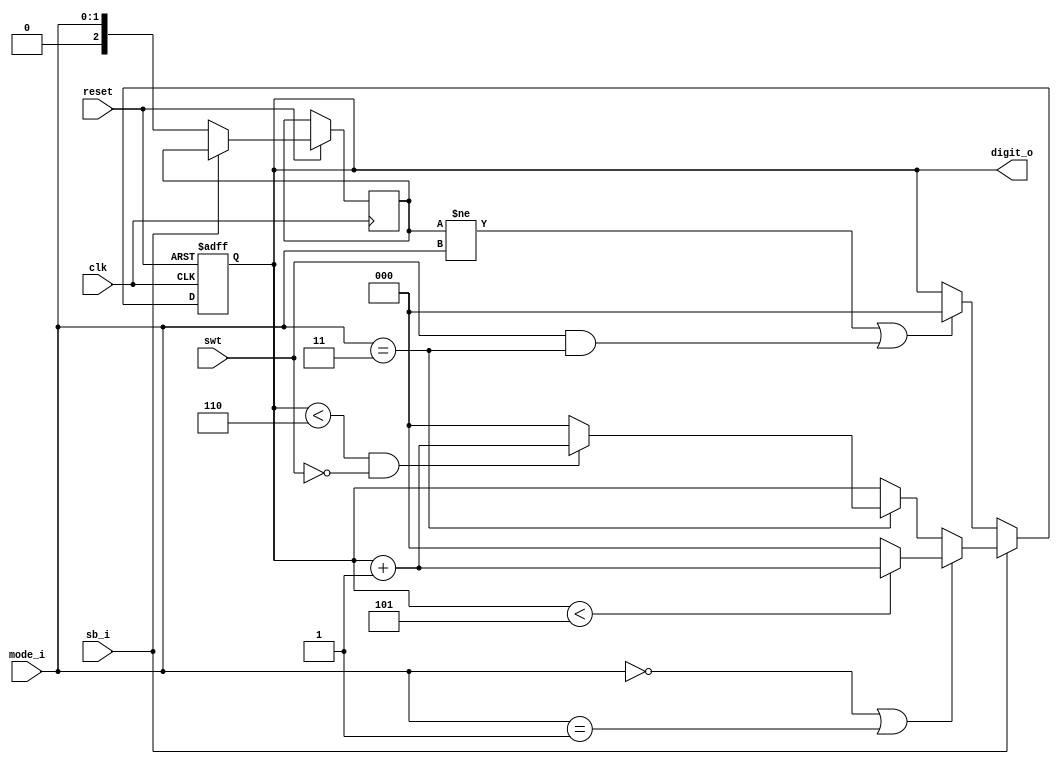
`timescale 1ns / 1ps
//////////////////////////////////////////////////////////////////////////////////
// Company: 
// Engineer: 
// 
// Design Name: 
// Module Name: digit_select
// Project Name: 
// Target Devices: 
// Tool Versions: 
// Description: 
// 
// Dependencies: 
// 
// Revision:
// Revision 0.01 - File Created
// Additional Comments:
// 
//////////////////////////////////////////////////////////////////////////////////


module digit_select( //note not testbenched
    sb_i,
    digit_o,
    clk,
    reset,
    swt,
    mode_i
    );
    input sb_i, clk, reset,swt;
    input [1:0] mode_i;
    output reg [2:0] digit_o;
    reg [2:0] modelast;
    initial begin
        digit_o <= 0;
    end
    always@(posedge clk or negedge reset) begin
        if(!reset) begin
            digit_o <= 0;  
        end else if(sb_i == 1'b1) begin
            if (mode_i == 2'b00 || mode_i == 2'b01)begin
                if(digit_o < 3'b101) begin
                    digit_o <= digit_o + 1'b1;
                end else begin
                    digit_o <= 3'b000;  
                end
            end else if(mode_i == 2'b11) begin
                if(digit_o < 3'b110 && swt == 1'b0) begin
                    digit_o <= digit_o + 1'b1;
                end else begin
                    digit_o <= 3'b000;  
                end
            end
        end else begin
            digit_o <= digit_o;
            if(modelast != mode_i || (swt == 1'b1 && mode_i == 2'b11))begin
                digit_o <= 3'b000;
            end
            modelast <= mode_i;
        end
    end
endmodule